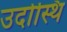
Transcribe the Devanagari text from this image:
उदोस्थि